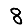
Digit: 8